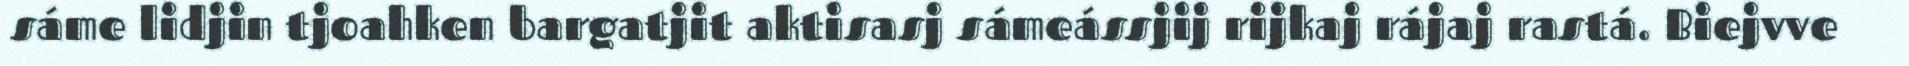
sáme lidjin tjoahken bargatjit aktisasj sámeássjij rijkaj rájaj rastá. Biejvve